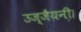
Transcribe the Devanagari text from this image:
उज्जैयनी।